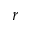
r